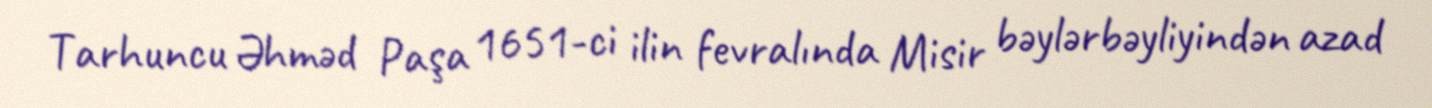
Tarhuncu Əhməd Paşa 1651-ci ilin fevralında Misir bəylərbəyliyindən azad